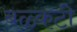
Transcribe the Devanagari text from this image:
बळ्कटी